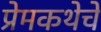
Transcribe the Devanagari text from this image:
प्रेमकथेचे